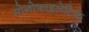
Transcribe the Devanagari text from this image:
मोनोफाइलेटिक